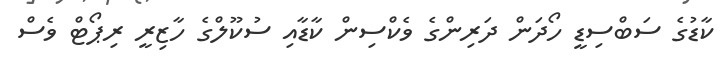
ކާޑުގެ ސަބްސިޑީ ހޯދަން ދަރިންގެ ވެކްސިން ކާޑާއި ސުކޫލްގެ ހާޒިރީ ރިޕޯޓް ވެސް